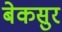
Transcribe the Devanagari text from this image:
बेकसुर